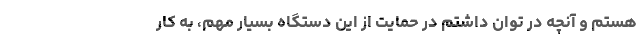
هستم و آنچه در توان داشتم در حمایت از این دستگاه بسیار مهم، به کار